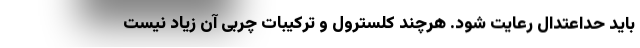
باید حداعتدال رعایت شود. هرچند کلسترول و ترکیبات چربی آن زیاد نیست